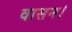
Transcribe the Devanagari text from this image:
वासन।